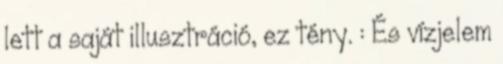
lett a saját illusztráció, ez tény. : És vízjelem